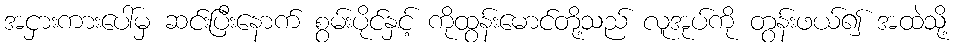
အငှားကားပေါ်မှ ဆင်းပြီးနောက် စွမ်းပိုင်နှင့် ကိုထွန်းမောင်တို့သည် လူအုပ်ကို တွန်းဖယ်၍ အထဲသို့